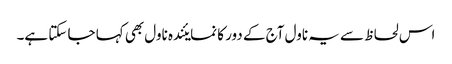
اس لحاظ سے یہ ناول آج کے دور کا نمایئندہ ناول بھی کہا جا سکتا ہے۔